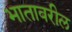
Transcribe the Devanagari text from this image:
भातावरील